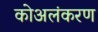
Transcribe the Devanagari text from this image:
कोअलंकरण